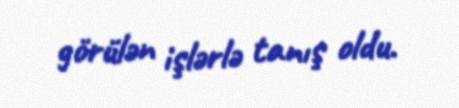
görülən işlərlə tanış oldu.